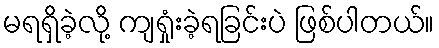
မရရှိခဲ့လို့ ကျရှုံးခဲ့ရခြင်းပဲ ဖြစ်ပါတယ်။